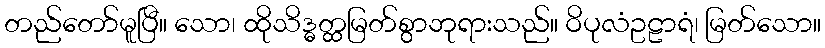
တည်တော်မူပြီ။ သော၊ ထိုသိဒ္ဓတ္ထမြတ်စွာဘုရားသည်။ ဝိပုလံဥဠာရံ၊ မြတ်သော။